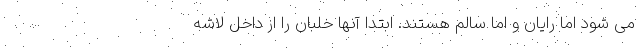
می شود اما رایان و اما سالم هستند. ابتدا آنها خلبان را از داخل لاشه